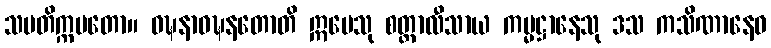
သမတိက္ကမတော။ ဝဍ္ဎနာဝဍ္ဎနတောတိ ဣမေသု စတ္တာလီသာယ ကမ္မဋ္ဌာနေသု ဒသ ကသိဏာနေဝ